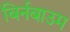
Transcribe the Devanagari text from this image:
बिर्नबाउम